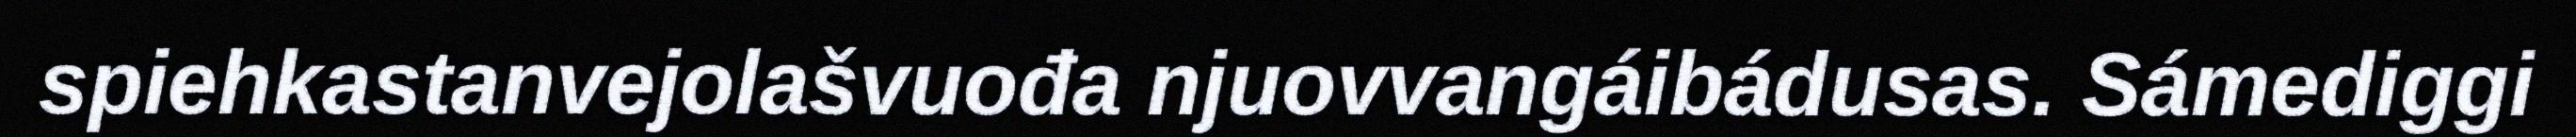
spiehkastanvejolašvuođa njuovvangáibádusas. Sámediggi